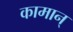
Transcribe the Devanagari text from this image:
कामान्